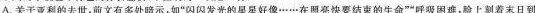
A.关于亚利的去世，前文有多处暗示，如“闪闪发光的星星好像……在照亮快要结束的生命”“呼吸困难，验上刻着末日到